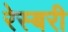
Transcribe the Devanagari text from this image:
रेस्बरी